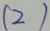
( 2 )